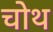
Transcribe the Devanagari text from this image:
चोथ